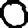
Digit: 0